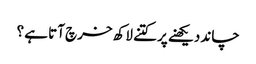
چاند دیکھنے پر کتنے لاکھ خرچ آتا ہے ؟